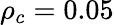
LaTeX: \rho_{c}=0.05